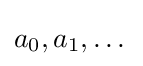
a_{0},a_{1},\dots